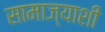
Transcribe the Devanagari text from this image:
सामाज्याशी